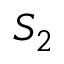
S _ { 2 }